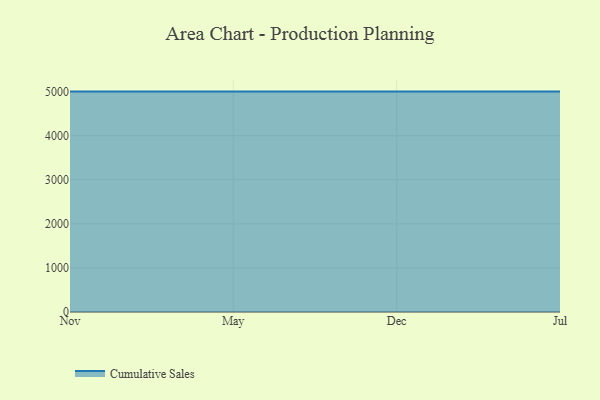
{"axis": {"x": "Month", "y": "Satisfaction Score"}, "legend": ["Cumulative Sales"], "data": [{"x": "Nov", "y": 5000, "type": "Cumulative Sales"}, {"x": "May", "y": 5000, "type": "Cumulative Sales"}, {"x": "Dec", "y": 5000, "type": "Cumulative Sales"}, {"x": "Jul", "y": 5000, "type": "Cumulative Sales"}]}